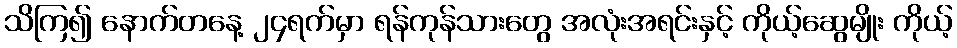
သိကြ၍ နောက်တနေ့ ၂၄ရက်မှာ ရန်ကုန်သားတွေ အလုံးအရင်းနှင့် ကိုယ့်ဆွေမျိုး ကိုယ့်